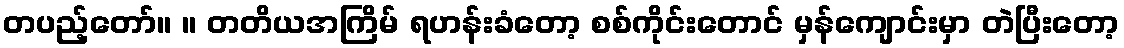
တပည့်တော်။ ။ တတိယအကြိမ် ရဟန်းခံတော့ စစ်ကိုင်းတောင် မှန်ကျောင်းမှာ တဲပြီးတော့